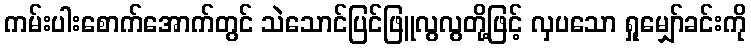
ကမ်းပါးစောက်အောက်တွင် သဲသောင်ပြင်ဖြူလွလွတို့ဖြင့် လှပသော ရှုမျှော်ခင်းကို